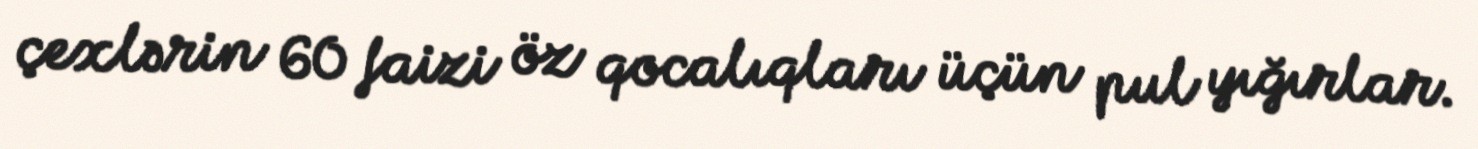
çexlərin 60 faizi öz qocalıqları üçün pul yığırlar.